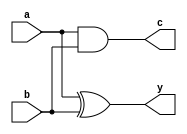
`timescale 1ns / 1ps
//////////////////////////////////////////////////////////////////////////////////
// Company: 
// Engineer: 
// 
// Design Name: 
// Module Name: half_adder
// Project Name: 
// Target Devices: 
// Tool Versions: 
// Description: 
// 
// Dependencies: 
// 
// Revision:
// Revision 0.01 - File Created
// Additional Comments:
// 
//////////////////////////////////////////////////////////////////////////////////


module half_adder(
    input a,
    input b,
    output y,
    output c
    );
    assign y = a ^ b;
    assign c = a & b;
endmodule